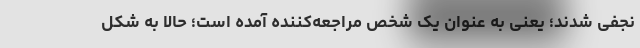
نجفی شدند؛ یعنی به عنوان یک شخص مراجعه‌کننده آمده است؛ حالا به شکل